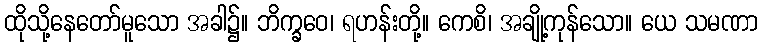
ထိုသို့နေတော်မူသော အခါ၌။ ဘိက္ခဝေ၊ ရဟန်းတို့။ ကေစိ၊ အချို့ကုန်သော။ ယေ သမဏာ